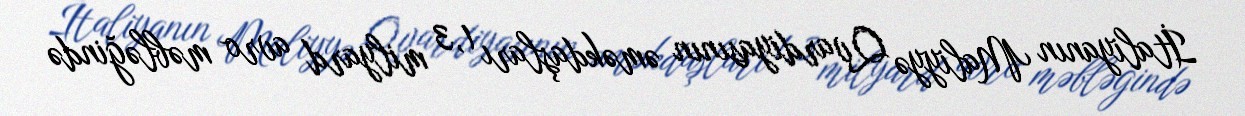
İtaliyanın Maliyyə Qvardiyasının əməkdaşları 1,3 milyard avro məbləğində